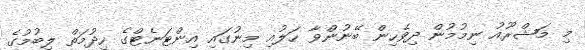
މި މަޝްރޫއު ނިމުމުން ދިވެހިން ބޭނުންވާ ހަލުއި މިނުގައި އިންޓަނެޓްގެ ހިދުމަތް ލިބުމުގެ